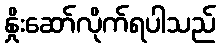
နှိုးဆော်လိုက်ရပါသည်